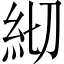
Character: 𥾛